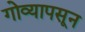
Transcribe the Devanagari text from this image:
गोव्यापसून